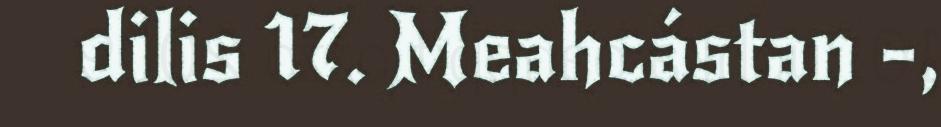
dilis 17. Meahcástan -,